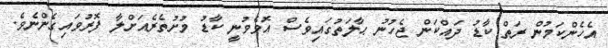
އެހެންކަމުން ރަތް ކާޑު ދައްކަން ޖެހުނު ޙާލަތުގައިވެސް އޮވެވުނީ ކާޑު މުށުތެރެއަށްލާ ފޮރުވައިގެންނެވެ.